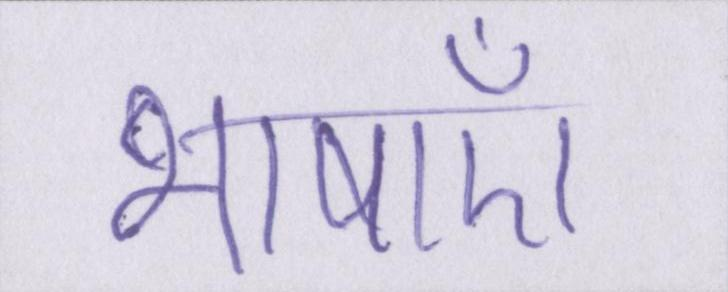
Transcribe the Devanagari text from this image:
भाषाएँ